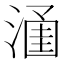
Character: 𱨢